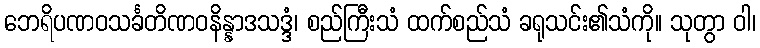
ဘေရိပဏဝသင်္ခတိဏဝနိန္နာဒသဒ္ဒံ၊ စည်ကြီးသံ ထက်စည်သံ ခရုသင်း၏သံကို။ သုတွာ ဝါ၊